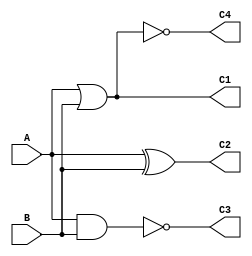
module EXP_Gate (A,B,C1,C2,C3,C4);
input A,B;
output C1,C2,C3,C4;
assign C1= A|B;
assign C2= A^B;
assign C3= ~(A&B);
assign C4= ~(A|B);
endmodule